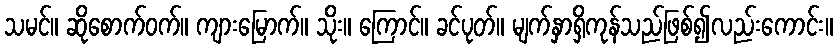
သမင်။ ဆိုစောက်ဝက်။ ကျားမြောက်။ သိုး။ ကြောင်။ ခင်ပုတ်။ မျက်နှာရှိကုန်သည်ဖြစ်၍လည်းကောင်း။